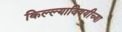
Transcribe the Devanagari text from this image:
किल्ल्याविषयीच्या